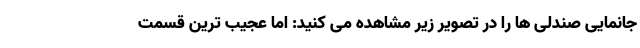
جانمایی صندلی ها را در تصویر زیر مشاهده می کنید: اما عجیب ترین قسمت